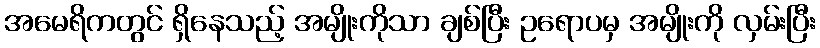
အမေရိကတွင် ရှိနေသည့် အမျိုးကိုသာ ချစ်ပြီး ဥရောပမှ အမျိုးကို လှမ်းပြီး